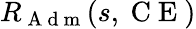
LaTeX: R_{\mathrm{~A~d~m~}}(s,\mathrm{~C~E~})